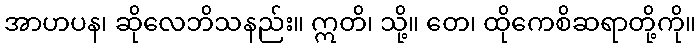
အာဟပန၊ ဆိုလေဘိသနည်း။ ဣတိ၊ သို့။ တေ၊ ထိုကေစိဆရာတို့ကို။